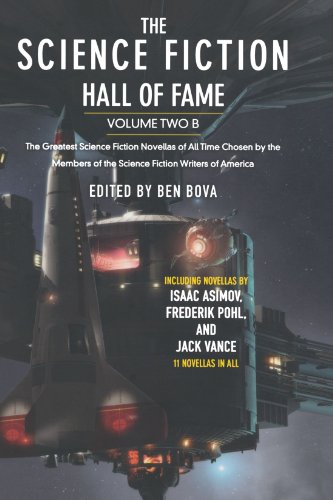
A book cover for The Science Fiction Hall of Fame, Volume Two B: The Greatest Science Fiction Novellas of All Time Chosen by the Members of the Science Fiction Writers of America (SF Hall of Fame); Science Fiction & Fantasy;